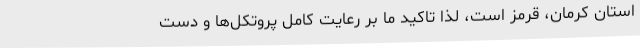
استان کرمان، قرمز است، لذا تاکید ما بر رعایت کامل پروتکل‌ها و دست